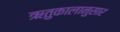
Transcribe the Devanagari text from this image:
ऋतुकालानुसार